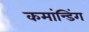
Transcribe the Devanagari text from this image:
कमांन्डिंग